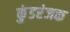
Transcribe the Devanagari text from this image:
कुंडरंजक